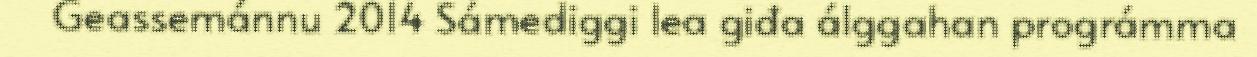
Geassemánnu 2014 Sámediggi lea giđa álggahan prográmma